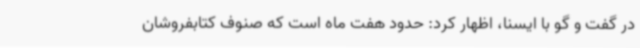
در گفت و گو با ایسنا، اظهار کرد: حدود هفت ماه است که صنوف کتابفروشان